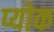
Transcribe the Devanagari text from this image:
प्योक